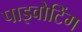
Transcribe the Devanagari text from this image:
पाइवोटिंग